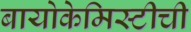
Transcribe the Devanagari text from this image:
बायोकेमिस्टीची